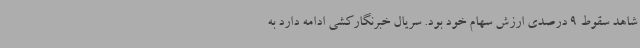
شاهد سقوط 9 درصدی ارزش سهام خود بود. سریال خبرنگارکشی ادامه دارد به